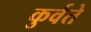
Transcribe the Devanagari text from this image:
कुर्वते